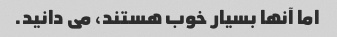
اما آنها بسیار خوب هستند، می دانید.